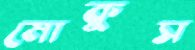
মোকুস